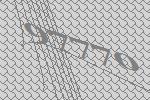
97770